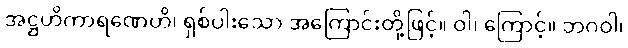
အဋ္ဌဟိကာရဏေဟိ၊ ရှစ်ပါးသော အကြောင်းတို့ဖြင့်။ ဝါ၊ ကြောင့်။ ဘဂဝါ၊